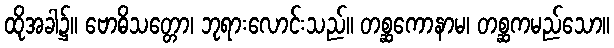
ထိုအခါ၌။ ဗောဓိသတ္တော၊ ဘုရားလောင်းသည်။ တစ္ဆကောနာမ၊ တစ္ဆကမည်သော။